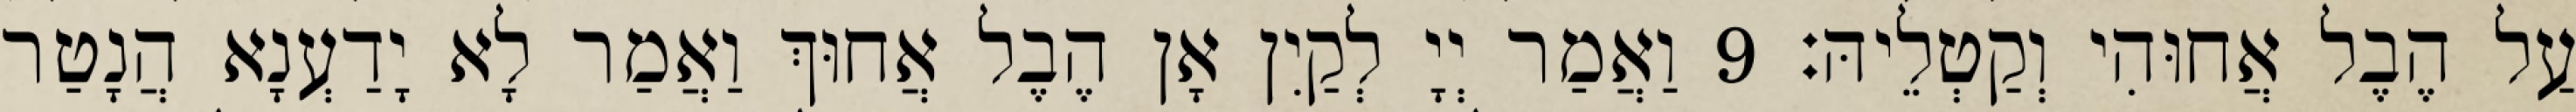
עַל הֶבֶל אֲחוּהִי וְקַטְלֵיהּ׃ 9 וַאֲמַר יְיָ לְקַיִן אָן הֶבֶל אֲחוּךְ וַאֲמַר לָא יָדַעְנָא הֲנָטַר